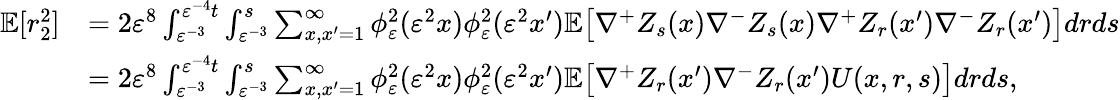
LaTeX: \begin{array}{rl}{\mathbb{E}[r_{2}^{2}]}&{=2\varepsilon^{8}\int_{\varepsilon^{-3}}^{\varepsilon^{-4}t}\int_{\varepsilon^{-3}}^{s}\sum_{x,x^{\prime}=1}^{\infty}\phi_{\varepsilon}^{2}(\varepsilon^{2}x)\phi_{\varepsilon}^{2}(\varepsilon^{2}x^{\prime})\mathbb{E}\big[\nabla^{+}Z_{s}(x)\nabla^{-}Z_{s}(x)\nabla^{+}Z_{r}(x^{\prime})\nabla^{-}Z_{r}(x^{\prime})\big]drds}\\ &{=2\varepsilon^{8}\int_{\varepsilon^{-3}}^{\varepsilon^{-4}t}\int_{\varepsilon^{-3}}^{s}\sum_{x,x^{\prime}=1}^{\infty}\phi_{\varepsilon}^{2}(\varepsilon^{2}x)\phi_{\varepsilon}^{2}(\varepsilon^{2}x^{\prime})\mathbb{E}\big[\nabla^{+}Z_{r}(x^{\prime})\nabla^{-}Z_{r}(x^{\prime})U(x,r,s)\big]drds,}\end{array}